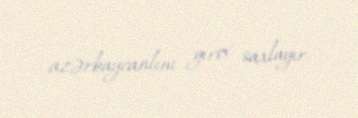
azərbaycanlını girov saxlayır.